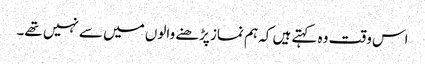
اس وقت وہ کہتے ہیں کہ ہم نماز پڑھنے والوں میں سے نہیں تھے۔